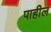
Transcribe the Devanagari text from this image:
पाहील